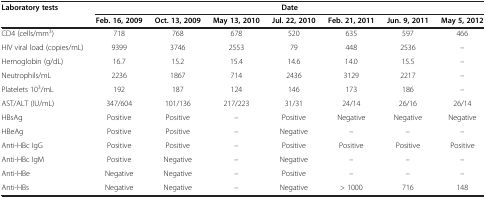
| Laboratory tests | <COLSPAN=7> Date |
 |  | Feb. 16, 2009 | Oct. 13, 2009 | May 13, 2010 | Jul. 22, 2010 | Feb. 21, 2011 | Jun. 9, 2011 | May 5, 2012 |
 | --- | --- | --- | --- | --- | --- | --- | --- |
 | CD4 (cells/mm3) | 718 | 768 | 678 | 520 | 635 | 597 | 466 |
 | HIV viral load (copies/mL) | 9399 | 3746 | 2553 | 79 | 448 | 2536 | – |
 | Hemoglobin (g/dL) | 16.7 | 15.2 | 15.4 | 14.6 | 14.0 | 15.5 | – |
 | Neutrophils/mL | 2236 | 1867 | 714 | 2436 | 3129 | 2217 | – |
 | Platelets 103/mL | 192 | 187 | 124 | 146 | 173 | 186 | – |
 | AST/ALT (IU/mL) | 347/604 | 101/136 | 217/223 | 31/31 | 24/14 | 26/16 | 26/14 |
 | HBsAg | Positive | Positive | – | Positive | Negative | Negative | Negative |
 | HBeAg | Positive | Positive | – | Negative | – | – | – |
 | Anti-HBc IgG | Positive | Positive | – | Positive | Positive | Positive | Positive |
 | Anti-HBc IgM | Positive | Negative | – | Negative | – | – | – |
 | Anti-HBe | Negative | Negative | – | Positive | – | – | – |
 | Anti-HBs | Negative | Negative | – | Negative | > 1000 | 716 | 148 |